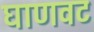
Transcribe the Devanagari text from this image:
घाणवट